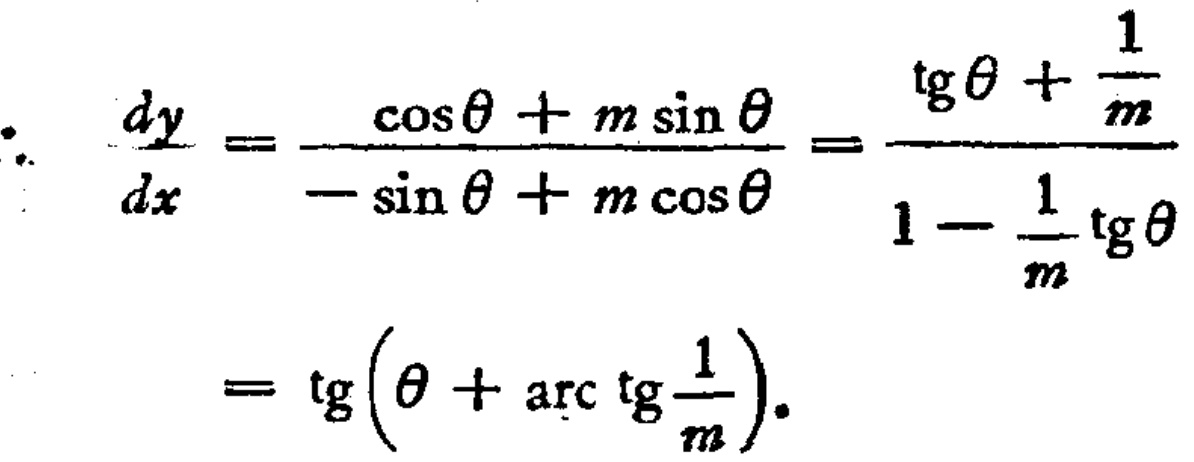
\[
\begin{align*}
\therefore\frac{dy}{dx}&=\frac{\cos\theta + m\sin\theta}{-\sin\theta + m\cos\theta}=\frac{\text{tg}\theta+\frac{1}{m}}{1 - \frac{1}{m}\text{tg}\theta}\\
&=\text{tg}\left(\theta+\text{arc}\text{tg}\frac{1}{m}\right).
\end{align*}
\]